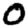
Digit: 0